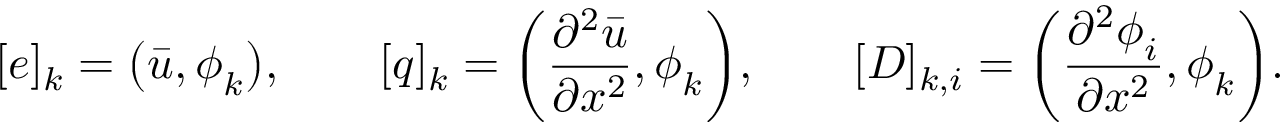
[ \boldsymbol { e } ] _ { k } = \big ( \bar { u } , \boldsymbol { \phi } _ { k } \big ) , \qquad [ \boldsymbol { q } ] _ { k } = \bigg ( \frac { \partial ^ { 2 } \bar { u } } { \partial x ^ { 2 } } , \boldsymbol { \phi } _ { k } \bigg ) , \qquad [ \boldsymbol { D } ] _ { k , i } = \bigg ( \frac { \partial ^ { 2 } \boldsymbol { \phi } _ { i } } { \partial x ^ { 2 } } , \boldsymbol { \phi } _ { k } \bigg ) .